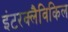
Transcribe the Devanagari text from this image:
इंटरक्लैविकिल